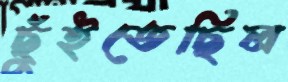
ছুঁইতেছিল